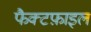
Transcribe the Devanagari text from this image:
फैक्टफ़ाइल